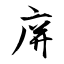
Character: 庰